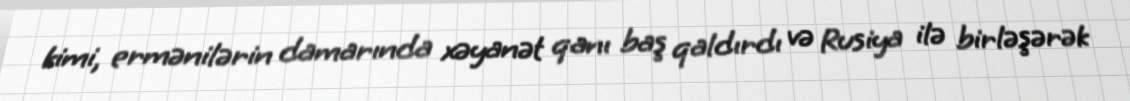
kimi, ermənilərin damarında xəyanət qanı baş qaldırdı və Rusiya ilə birləşərək